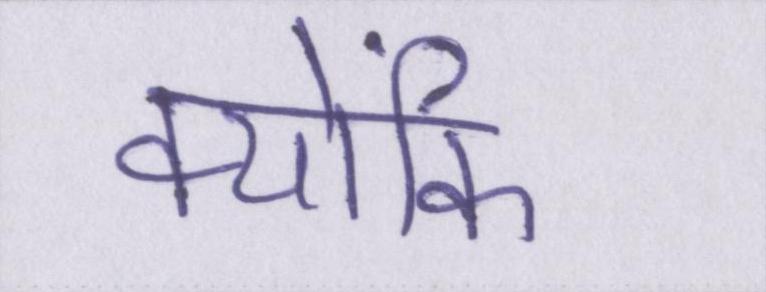
क्योंकि